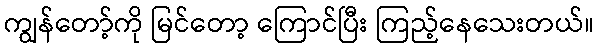
ကျွန်တော့်ကို မြင်တော့ ကြောင်ပြီး ကြည့်နေသေးတယ်။